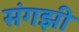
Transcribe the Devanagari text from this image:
संगझी